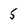
Character: 5